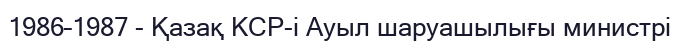
1986–1987 - Қазақ КСР-і Ауыл шаруашылығы министрі